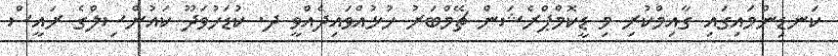
ކަނޑިންމައިގައި ގާއިމްކުރި މި ޑީކޮމްޕްރެޝަން ޗޭމްބަރު ހުޅުއްވައިދެއްވީ ދ. ކުޑަހުވަދޫ ކައުންސިލްގެ ރައީސް